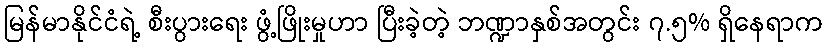
မြန်မာနိုင်ငံရဲ့ စီးပွားရေး ဖွံ့ဖြိုးမှုဟာ ပြီးခဲ့တဲ့ ဘဏ္ဍာနှစ်အတွင်း ၇.၅% ရှိနေရာက